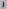
Text: 1